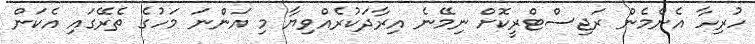
ހުރިހާ އެންމެން ރަޖިސްޓްރީކޮށް ނިމޭނެ އިރާދަކުރެއްވިޔާ މި އަންނަ މަހުގެ ތެރޭގައި އެކަން